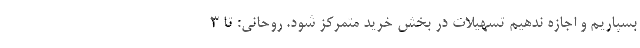
بسپاریم و اجازه ندهیم تسهیلات در بخش خرید متمرکز شود. روحانی: تا ۳